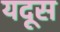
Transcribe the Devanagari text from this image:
यदूस